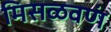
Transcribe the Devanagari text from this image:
मिसळवणं